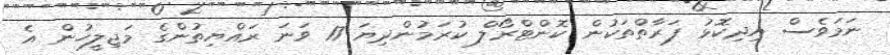
ނަމަވެސް އިދިކޮޅު ފަރާތްތަކުން ކޮންޓްރޯލް ކުރަމުންދިޔަ 17 ވަނަ ރައްޔިތުންގެ މަޖިލީހުން އެ